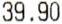
39.90